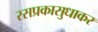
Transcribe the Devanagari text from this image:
रसप्रकासुधाकर